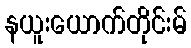
နယူးယောက်တိုင်းမ်